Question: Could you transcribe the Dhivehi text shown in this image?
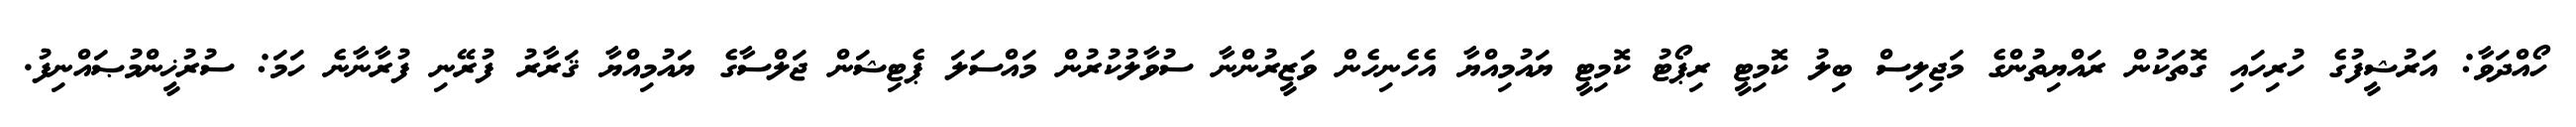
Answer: ހޯއްދަވާ: އަރުޝީފުގެ ހުރިހައި ގޮތަކުން ރައްޔިތުންގެ މަޖިލިސް ބިލު ކޮމިޓީ ރިޕޯޓު ކޮމިޓީ ޔައުމިއްޔާ އެހެނިހެން ވަޒީރުންނާ ސުވާލުކުރުން މައްސަލަ ޕެޓިޝަން ޖަލްސާގެ ޔައުމިއްޔާ ޤަރާރު ފުރޭނި ފުރާނާނެ ހަމަ: ސުރުޚީންމުޞައްނިފު.